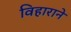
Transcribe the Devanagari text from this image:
विहाराने